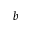
b